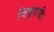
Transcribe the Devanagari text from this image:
विद्युदादि।